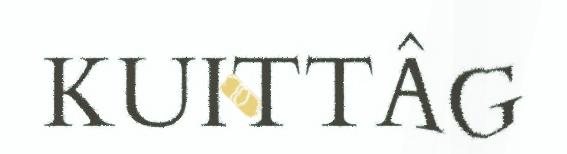
KUITTÂG